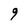
Character: 9